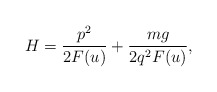
\begin{align*}H = \frac{p^2}{2F(u)} + \frac{mg}{2q^2F(u)}, \end{align*}